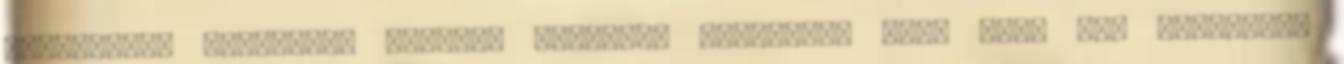
projektet. Személyes blogból szakmai, közösségi blog Soha nem gondoltam